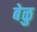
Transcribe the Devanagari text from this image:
बेळु